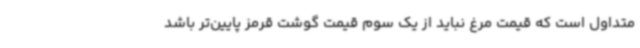
متداول است که قیمت مرغ نباید از یک سوم قیمت گوشت قرمز پایین‌تر باشد